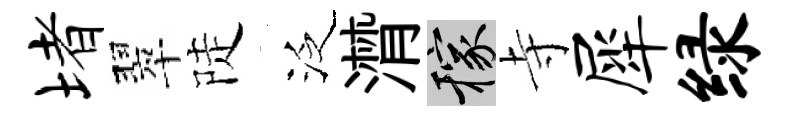
堵翠陡泛潸稼寺犀绿